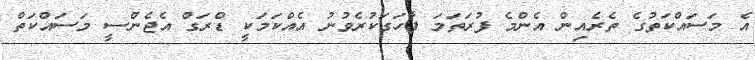
އެ މަސައްކަތުގެ ތެރެއިން އެންމެ ފުރަތަމަ ފާހަގަކުރެވުނު އެއްކަމަކީ ޑްރަގް އެޖެންސީ މަސައްކަތް